Vaccine operations Central Provinces 1886-1899 - 1886-1899
Year: 1886
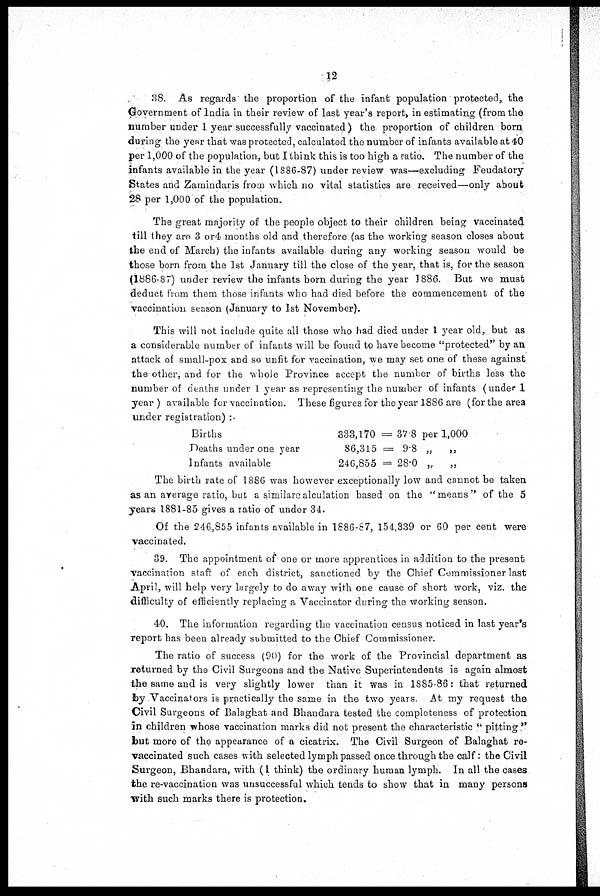
12
38. As regards the proportion of the infant population protected, the
Government of India in their review of last year's report, in estimating (from the
number under 1 year successfully vaccinated ) the proportion of children born
during the year that was protected, calculated the number of infants available at 40
per 1,000 of the population, but I think this is too high a ratio. The number of the
infants available in the year (1886-87) under review was—excluding Feudatory
States and Zamindaris from which no vital statistics are received—only about
28 per 1,000 of the population.
The great majority of the people object to their children being vaccinated
till they are 3 or4 months old and therefore (as the working season closes about
the end of March) the infants available during any working season would be
those born from the 1st January till the close of the year, that is, for the season
(1886-87) under review the infants born during the year 1886. But we must
deduct from them those infants who had died before the commencement of the
vaccination season (January to 1st November).
This will not include quite all those who had died under 1 year old, but as
a considerable number of infants will be found to have become "protected" by an
attack of small-pox and so unfit for vaccination, we may set one of these against
the other, and for the whole Province accept the number of births less the
number of deaths under 1 year as representing the number of infants (under 1
year ) available for vaccination. These figures for the year 1886 are (for the area
under registration) :-
Births
Deaths under one year
Infants available
333,170 = 37.8 per 1,000
86,315 = 9.8 „
„
246,855 = 28.0 „
„
The birth rate of 1886 was however exceptionally low and cannot be taken
as an average ratio, but a similare alculation based on the "means" of the 5
years 1881-85 gives a ratio of under 34.
Of the 246,855 infants available in 1886-87, 154,339 or 60 per cent were
vaccinated.
39. The appointment of one or more apprentices in addition to the present
vaccination staff of each district, sanctioned by the Chief Commissioner last
April, will help very largely to do away with one cause of short work, viz. the
difficulty of efficiently replacing a Vaccinator during the working season.
40. The information regarding the vaccination census noticed in last year's
report has been already submitted to the Chief Commissioner.
The ratio of success (90) for the work of the Provincial department as
returned by the Civil Surgeons and the Native Superintendents is again almost
the same and is very slightly lower than it was in 1885-86: that returned
by Vaccinators is practically the same in the two years. At my request the
Civil Surgeons of Balaghat and Bhandara tested the completeness of protection
in children whose vaccination marks did not present the characteristic " pitting "
but more of the appearance of a cicatrix. The Civil Surgeon of Balaghat re-
vaccinated such cases with selected lymph passed once through the calf: the Civil
Surgeon, Bhandara, with (1 think) the ordinary human lymph. In all the cases
the re-vaccination was unsuccessful which tends to show that in many persons
with such marks there is protection.